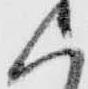
く